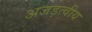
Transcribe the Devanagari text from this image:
अजड़त्वीय